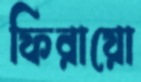
ফিরায়ো